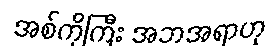
အစ်ကိုကြီး အဘအရာဟု